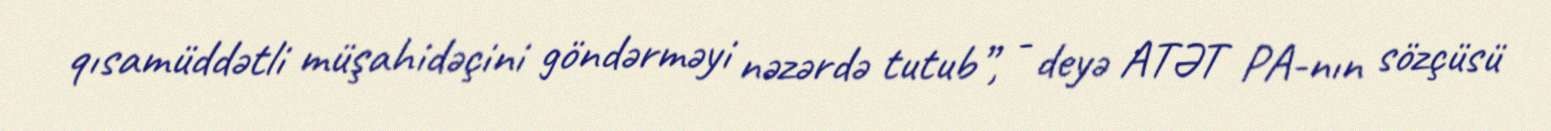
qısamüddətli müşahidəçini göndərməyi nəzərdə tutub”, - deyə ATƏT PA-nın sözçüsü